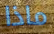
ماذا